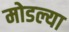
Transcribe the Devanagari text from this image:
मोडल्या